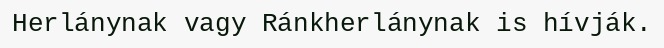
Herlánynak vagy Ránkherlánynak is hívják.